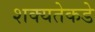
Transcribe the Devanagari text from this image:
शक्यतेकडे